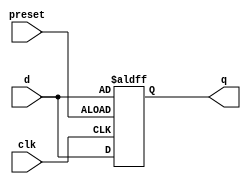
module async_preset_dff (
    input preset,       // Asynchronous preset signal
    input clk,          // Clock signal
    input d,            // Data input
    output reg q        // Output
);

// Sequential logic block with asynchronous preset
always @ (posedge clk or posedge preset)
begin
    if (preset)
    begin
        q <= d;       // Set output to preset value
    end
    else
    begin
        q <= d;      // Update output based on input data
    end
end

endmodule